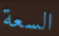
السعة